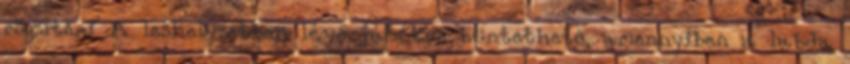
rögzíteni A leshelyzetben lévő játékos büntethető, amennyiben a labda